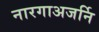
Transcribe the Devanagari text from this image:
नारगाअजर्नि